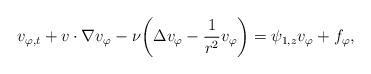
LaTeX: \begin{align*}v_{\varphi,t}+v\cdot\nabla v_\varphi-\nu\bigg(\Delta v_\varphi-{1\over r^2}v_\varphi\bigg)=\psi_{1,z}v_\varphi+f_\varphi,\end{align*}